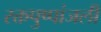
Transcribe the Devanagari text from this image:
रक्तपुष्पांजली